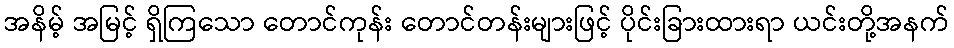
အနိမ့် အမြင့် ရှိကြသော တောင်ကုန်း တောင်တန်းများဖြင့် ပိုင်းခြားထားရာ ယင်းတို့အနက်